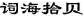
词海拾贝